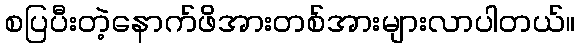
စပြပီးတဲ့နောက်ဖိအားတစ်အားများလာပါတယ်။